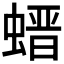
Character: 𧎽